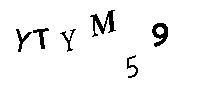
YTYM59